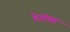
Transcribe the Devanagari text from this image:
टेरॉयर